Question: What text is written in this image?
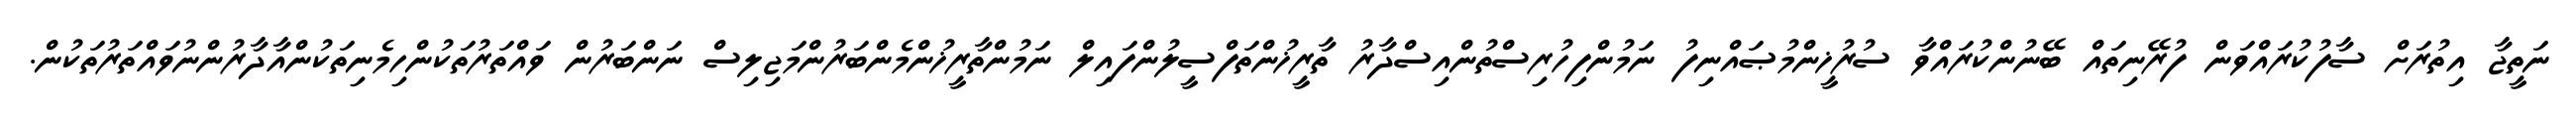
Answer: ނަތީޖާ އިތުރަށް ސާފުކުރައްވަން ފުރޭނިތައް ބޭނުންކުރައްވާ ސުރުޚީންމުޞައްނިފު ނަމުންފިހުރިސްތުންއިސްދާރު ތާރީޚުންތަފްސީލުންފައިލް ނަމުންތާރީޚުންމެންބަރުންމަޖިލިސް ނަންބަރުން ވައްތަރުތަކުންހިމެނިތަކުންއާދާރުންނުވައްތަރުތަކުން.